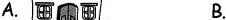
A. B.